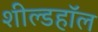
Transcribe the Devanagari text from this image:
शील्डहॉल